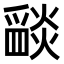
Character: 𤔵